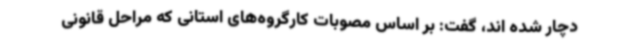
دچار شده اند، گفت: بر اساس مصوبات کارگروه‌های استانی که مراحل قانونی